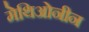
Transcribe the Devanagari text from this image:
मेथिओनीन